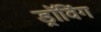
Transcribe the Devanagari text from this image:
ड्रॉविंग